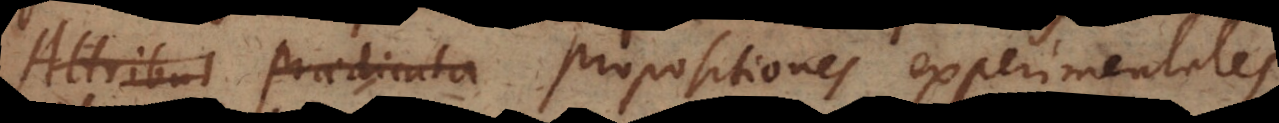
Attribut Praedicata Propositiones experimentales